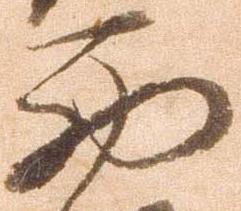
西